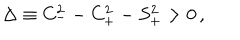
\Delta \equiv C _ { - } ^ { 2 } - C _ { + } ^ { 2 } - S _ { + } ^ { 2 } > 0 \, ,